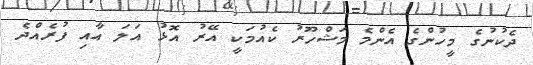
ދެކުނުގެ މީހުންގެ އެންމެ މަޝްހޫރު ކެއުމަކީ އޭރު އޮޅު އަލަ އާއި ފުރެއްދެ